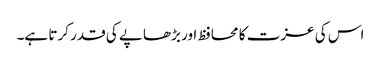
اس کی عزت کا محافظ اور بڑھاپے کی قدر کرتا ہے۔